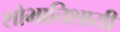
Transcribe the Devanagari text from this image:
शोभातिशायी